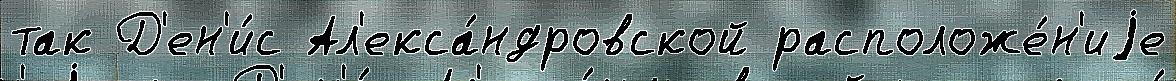
так Д'ен'и́с Ал'екса́ндровской расположе́н'иjе